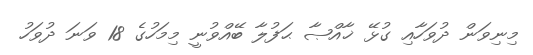
މިނިވަން ދުވަހާއި ގުޅޭ ޚާއްޞާ ޙަފުލާ ބޭއްވުނީ މިމަހުގެ 18 ވަނަ ދުވަހު